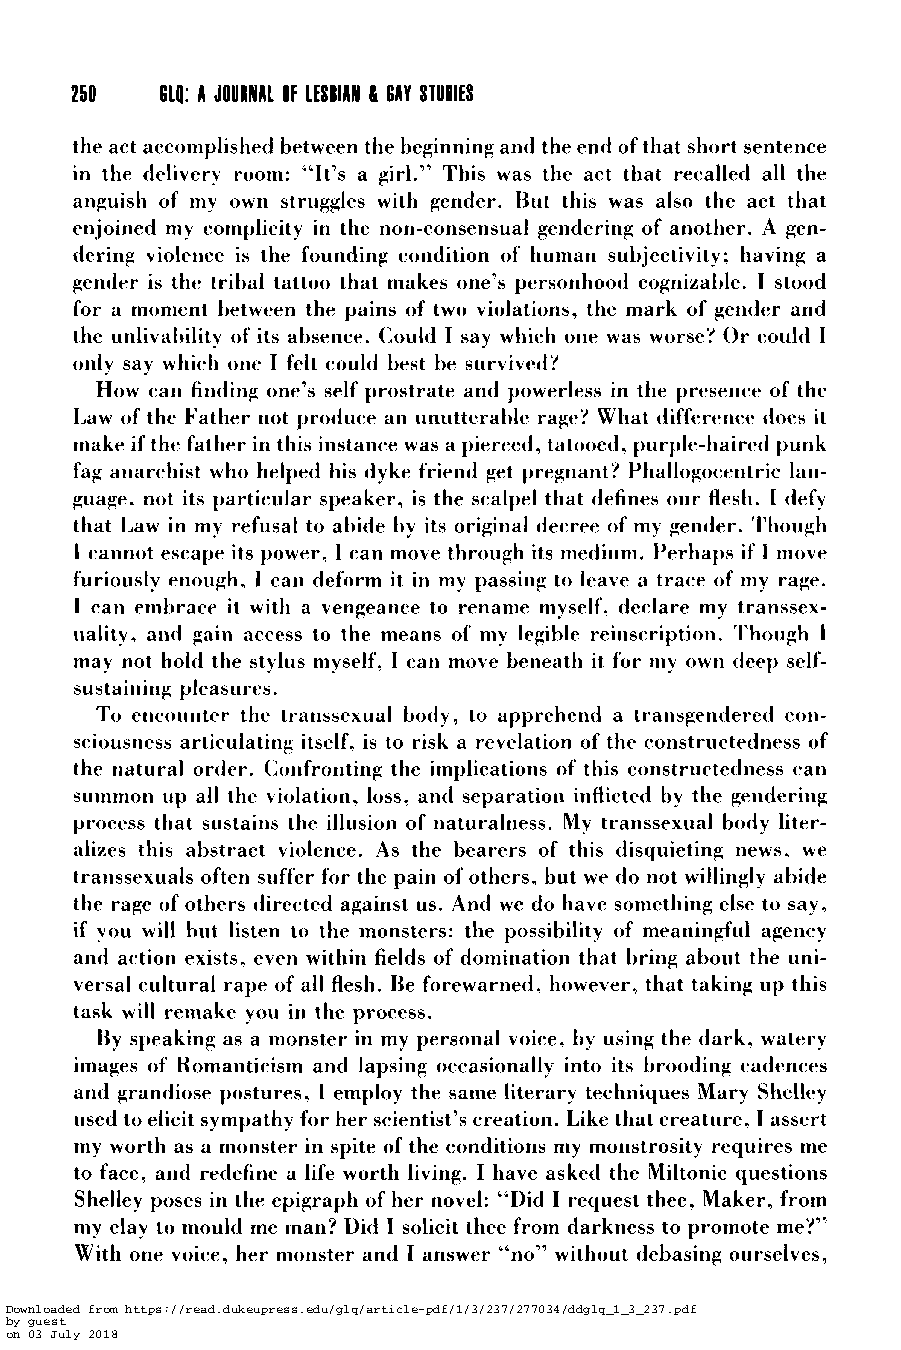
610: A JOURNAL OF LESBIAN 8 6AY STUDIES
 the act accomplished between the beginning and the end of that short sentence
 in the delivery room: “It’s a girl.” This was the act that recalled all the
 anguish of my own struggles with gender. But this was also the act that
 enjoined my complicity in the non-consensual gendering of another. A gen-
 dering violence is the founding condition of human subjectivity; having a
 gender is the tribal tattoo that makes one’s personhood cognizable. I stood
 for a moment between the pains of two violations, the mark of gender and
 the unlivability of‘ its absence. Could I say which one was worse? Or could I
 only say which one I felt could best be survived?
 How can finding one’s self prostrate and powerless in the presence of the
 Law of the Father not produce an unutterable rage‘! What difference does it
 make if the father in this instance was a pierced, tatooed, purple-haired punk
 fag anarchist who helped his dyke friend get pregnant? Phallogocentric lan-
 guage, not its particular speaker, is the scalpel that defines our flesh. I defy
 that Law in my refusal to abide by its original decree of my gender. Though
 I cannot escape its power, I can move through its medium. Perhaps if 1 move
 furiously enough, I can deform it in my passing to leave a trace of my rage.
 1 can embrace it with a vengeance to rename myself, declare my transsex-
 uality, and gain access to the means of my legihle reinscription. Though I
 may not hold the stylus myself, I can move beneath it for my own deep self-
 .
 s u s t a i ti i n g pleas cir es
 To encounter the transsexual body , to apprehend a transgendered con-
 sciousness articulating itself, is to risk a revelation of the constructetiness of
 the natural order. Confronting the implications of this constructedness can
 summon up all the violation, loss, and separation inflicted by the gendering
 process that sustains the illusion of naturalness. My transsexual body liter-
 alizes this abstract violence. As the bearers of this disquieting news, we
 transsexuals often suffer for the pain of others, but we do not willingly abide
 the rage of others directed against us. And we do have something else to say,
 if you will hut listen to the monsters: the possibility of meaningful agency
 and action exists, even within fields of domination that bring about the uni-
 versal cultural rape of all flesh. Be forewarned, however, that taking up this
 task will remake you in the process.
 By speaking as a monster in my personal voice, by using the dark, watery
 images of Romanticism and lapsing occasionally into its brooding cadences
 arid grandiose postures, I employ the same literary techniques Mary Shelley
 used to elicit sympathy for her scientist’s creation. Like that creature, I assert
 my worth as a monster in spite of the conditions my monstrosity requires me
 to face, and redefine a life worth living. I have asked the Miltonic questions
 Shelley poses in the epigraph of her novel: “Did I request thee, Maker, from
 my clay to mould me man? Did I solicit thee from darkness to promote me?”
 With one voice, her monster and I answer “no” without debasing ourselves,
 Downloaded from https://read.dukeupress.edu/glq/article-pdf/1/3/237/277034/ddglq_1_3_237.pdf
 by guest
 on 03 July 2018